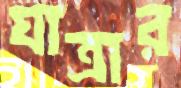
যাত্রার